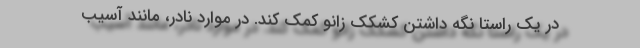
در یک راستا نگه داشتن کشکک زانو کمک کند. در موارد نادر، مانند آسیب